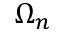
\Omega _ { n }